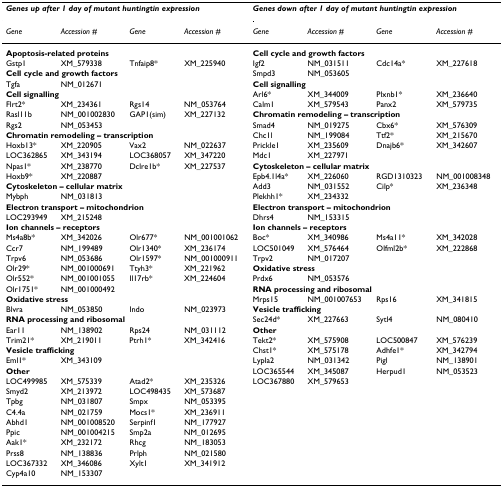
<table><thead><tr><td colspan="4"><b><i>Genes up after 1 day of mutant huntingtin expression</i></b></td><td colspan="4"><b><i>Genes down after 1 day of mutant huntingtin expression</i></b></td></tr><tr><td><b><i>Gene</i></b></td><td><b><i>Accession #</i></b></td><td><b><i>Gene</i></b></td><td><b><i>Accession #</i></b></td><td><b><i>Gene</i></b></td><td><b><i>Accession #</i></b></td><td><b><i>Gene</i></b></td><td><b><i>Accession #</i></b></td></tr></thead><tbody><tr><td colspan="4"><b>Apoptosis-related proteins</b></td><td colspan="4"><b>Cell cycle and growth factors</b></td></tr><tr><td>Gstp1</td><td>XM_579338</td><td>Tnfaip8*</td><td>XM_225940</td><td>Igf2</td><td>NM_031511</td><td>Cdc14a*</td><td>XM_227618</td></tr><tr><td colspan="4"><b>Cell cycle and growth factors</b></td><td>Smpd3</td><td>NM_053605</td><td></td><td></td></tr><tr><td>Tgfa</td><td>NM_012671</td><td></td><td></td><td colspan="4"><b>Cell signalling</b></td></tr><tr><td colspan="4"><b>Cell signalling</b></td><td>Arl6*</td><td>XM_344009</td><td>Plxnb1*</td><td>XM_236640</td></tr><tr><td>Flrt2*</td><td>XM_234361</td><td>Rgs14</td><td>NM_053764</td><td>Calm1</td><td>XM_579543</td><td>Panx2</td><td>XM_579735</td></tr><tr><td>Rasl11b</td><td>NM_001002830</td><td>GAP1(sim)</td><td>XM_227132</td><td colspan="4"><b>Chromatin remodeling – transcription</b></td></tr><tr><td>Rgs2</td><td>NM_053453</td><td></td><td></td><td>Smad4</td><td>NM_019275</td><td>Cbx6*</td><td>XM_576309</td></tr><tr><td colspan="4"><b>Chromatin remodeling – transcription</b></td><td>Chc1l</td><td>NM_199084</td><td>Ttf2*</td><td>XM_215670</td></tr><tr><td>Hoxb13*</td><td>XM_220905</td><td>Vax2</td><td>NM_022637</td><td>Prickle1</td><td>XM_235609</td><td>Dnajb6*</td><td>XM_342607</td></tr><tr><td>LOC362865</td><td>XM_343194</td><td>LOC368057</td><td>XM_347220</td><td>Mdc1</td><td>XM_227971</td><td></td><td></td></tr><tr><td>Npas1*</td><td>XM_238770</td><td>Dclre1b*</td><td>XM_227537</td><td colspan="4"><b>Cytoskeleton – cellular matrix</b></td></tr><tr><td>Hoxb9*</td><td>XM_220887</td><td></td><td></td><td>Epb4.1l4a*</td><td>XM_226060</td><td>RGD1310323</td><td>NM_001008348</td></tr><tr><td colspan="4"><b>Cytoskeleton – cellular matrix</b></td><td>Add3</td><td>NM_031552</td><td>Cilp*</td><td>XM_236348</td></tr><tr><td>Mybph</td><td>NM_031813</td><td></td><td></td><td>Plekhh1*</td><td>XM_234332</td><td></td><td></td></tr><tr><td colspan="4"><b>Electron transport – mitochondrion</b></td><td colspan="4"><b>Electron transport – mitochondrion</b></td></tr><tr><td>LOC293949</td><td>XM_215248</td><td></td><td></td><td>Dhrs4</td><td>NM_153315</td><td></td><td></td></tr><tr><td colspan="4"><b>Ion channels – receptors</b></td><td colspan="4"><b>Ion channels – receptors</b></td></tr><tr><td>Ms4a8b*</td><td>XM_342026</td><td>Olr677*</td><td>NM_001001062</td><td>Boc*</td><td>XM_340986</td><td>Ms4a11*</td><td>XM_342028</td></tr><tr><td>Ccr7</td><td>NM_199489</td><td>Olr1340*</td><td>XM_236174</td><td>LOC501049</td><td>XM_576464</td><td>Olfml2b*</td><td>XM_222868</td></tr><tr><td>Trpv6</td><td>NM_053686</td><td>Olr1597*</td><td>NM_001000911</td><td>Trpv2</td><td>NM_017207</td><td></td><td></td></tr><tr><td>Olr29*</td><td>NM_001000691</td><td>Ttyh3*</td><td>XM_221962</td><td colspan="4"><b>Oxidative stress</b></td></tr><tr><td>Olr552*</td><td>NM_001001055</td><td>Il17rb*</td><td>XM_224604</td><td>Prdx6</td><td>NM_053576</td><td></td><td></td></tr><tr><td>Olr1751*</td><td>NM_001000492</td><td></td><td></td><td colspan="4"><b>RNA processing and ribosomal</b></td></tr><tr><td colspan="4"><b>Oxidative stress</b></td><td>Mrps15</td><td>NM_001007653</td><td>Rps16</td><td>XM_341815</td></tr><tr><td>Blvra</td><td>NM_053850</td><td>Indo</td><td>NM_023973</td><td colspan="4"><b>Vesicle trafficking</b></td></tr><tr><td colspan="4"><b>RNA processing and ribosomal</b></td><td>Sec24d*</td><td>XM_227663</td><td>Sytl4</td><td>NM_080410</td></tr><tr><td>Ear11</td><td>NM_138902</td><td>Rps24</td><td>NM_031112</td><td colspan="4"><b>Other</b></td></tr><tr><td>Trim21*</td><td>XM_219011</td><td>Ptrh1*</td><td>XM_342416</td><td>Tekt2*</td><td>XM_575908</td><td>LOC500847</td><td>XM_576239</td></tr><tr><td colspan="4"><b>Vesicle trafficking</b></td><td>Chst1*</td><td>XM_575178</td><td>Adhfe1*</td><td>XM_342794</td></tr><tr><td>Eml1*</td><td>XM_343109</td><td></td><td></td><td>Lypla2</td><td>NM_031342</td><td>Pigl</td><td>NM_138901</td></tr><tr><td colspan="4"><b>Other</b></td><td>LOC365544</td><td>XM_345087</td><td>Herpud1</td><td>NM_053523</td></tr><tr><td>LOC499985</td><td>XM_575339</td><td>Atad2*</td><td>XM_235326</td><td>LOC367880</td><td>XM_579653</td><td></td><td></td></tr><tr><td>Smyd2</td><td>XM_213972</td><td>LOC498435</td><td>XM_573687</td><td></td><td></td><td></td><td></td></tr><tr><td>Tpbg</td><td>NM_031807</td><td>Smpx</td><td>NM_053395</td><td></td><td></td><td></td><td></td></tr><tr><td>C4.4a</td><td>NM_021759</td><td>Mocs1*</td><td>XM_236911</td><td></td><td></td><td></td><td></td></tr><tr><td>Abhd1</td><td>NM_001008520</td><td>Serpinf1</td><td>NM_177927</td><td></td><td></td><td></td><td></td></tr><tr><td>Ppic</td><td>NM_001004215</td><td>Smp2a</td><td>NM_012695</td><td></td><td></td><td></td><td></td></tr><tr><td>Aak1*</td><td>XM_232172</td><td>Rhcg</td><td>NM_183053</td><td></td><td></td><td></td><td></td></tr><tr><td>Prss8</td><td>NM_138836</td><td>Prlph</td><td>NM_021580</td><td></td><td></td><td></td><td></td></tr><tr><td>LOC367332</td><td>XM_346086</td><td>Xylt1</td><td>XM_341912</td><td></td><td></td><td></td><td></td></tr><tr><td>Cyp4a10</td><td>NM_153307</td><td></td><td></td><td></td><td></td><td></td><td></td></tr></tbody></table>